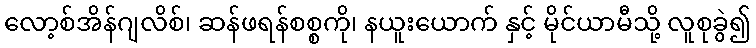
လော့စ်အိန်ဂျလိစ်၊ ဆန်ဖရန်စစ္စကို၊ နယူးယောက် နှင့် မိုင်ယာမီသို့ လူစုခွဲ၍